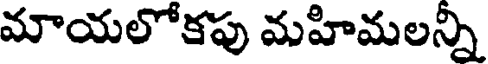
మాయలోకపు మహిమలన్ని